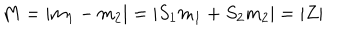
M = | m _ { 1 } - m _ { 2 } | = | S _ { 1 } m _ { 1 } + S _ { 2 } m _ { 2 } | = | Z |